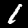
Digit: 1